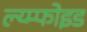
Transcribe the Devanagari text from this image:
ल्य्म्फोइड